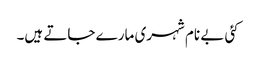
کئی بے نام شہری مارے جاتے ہیں۔